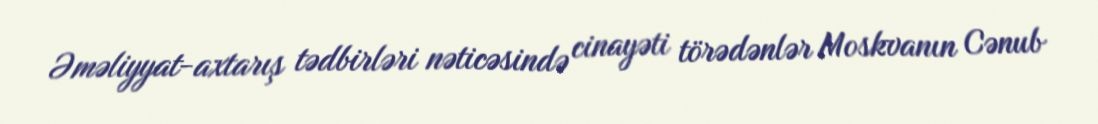
Əməliyyat-axtarış tədbirləri nəticəsində cinayəti törədənlər Moskvanın Cənub